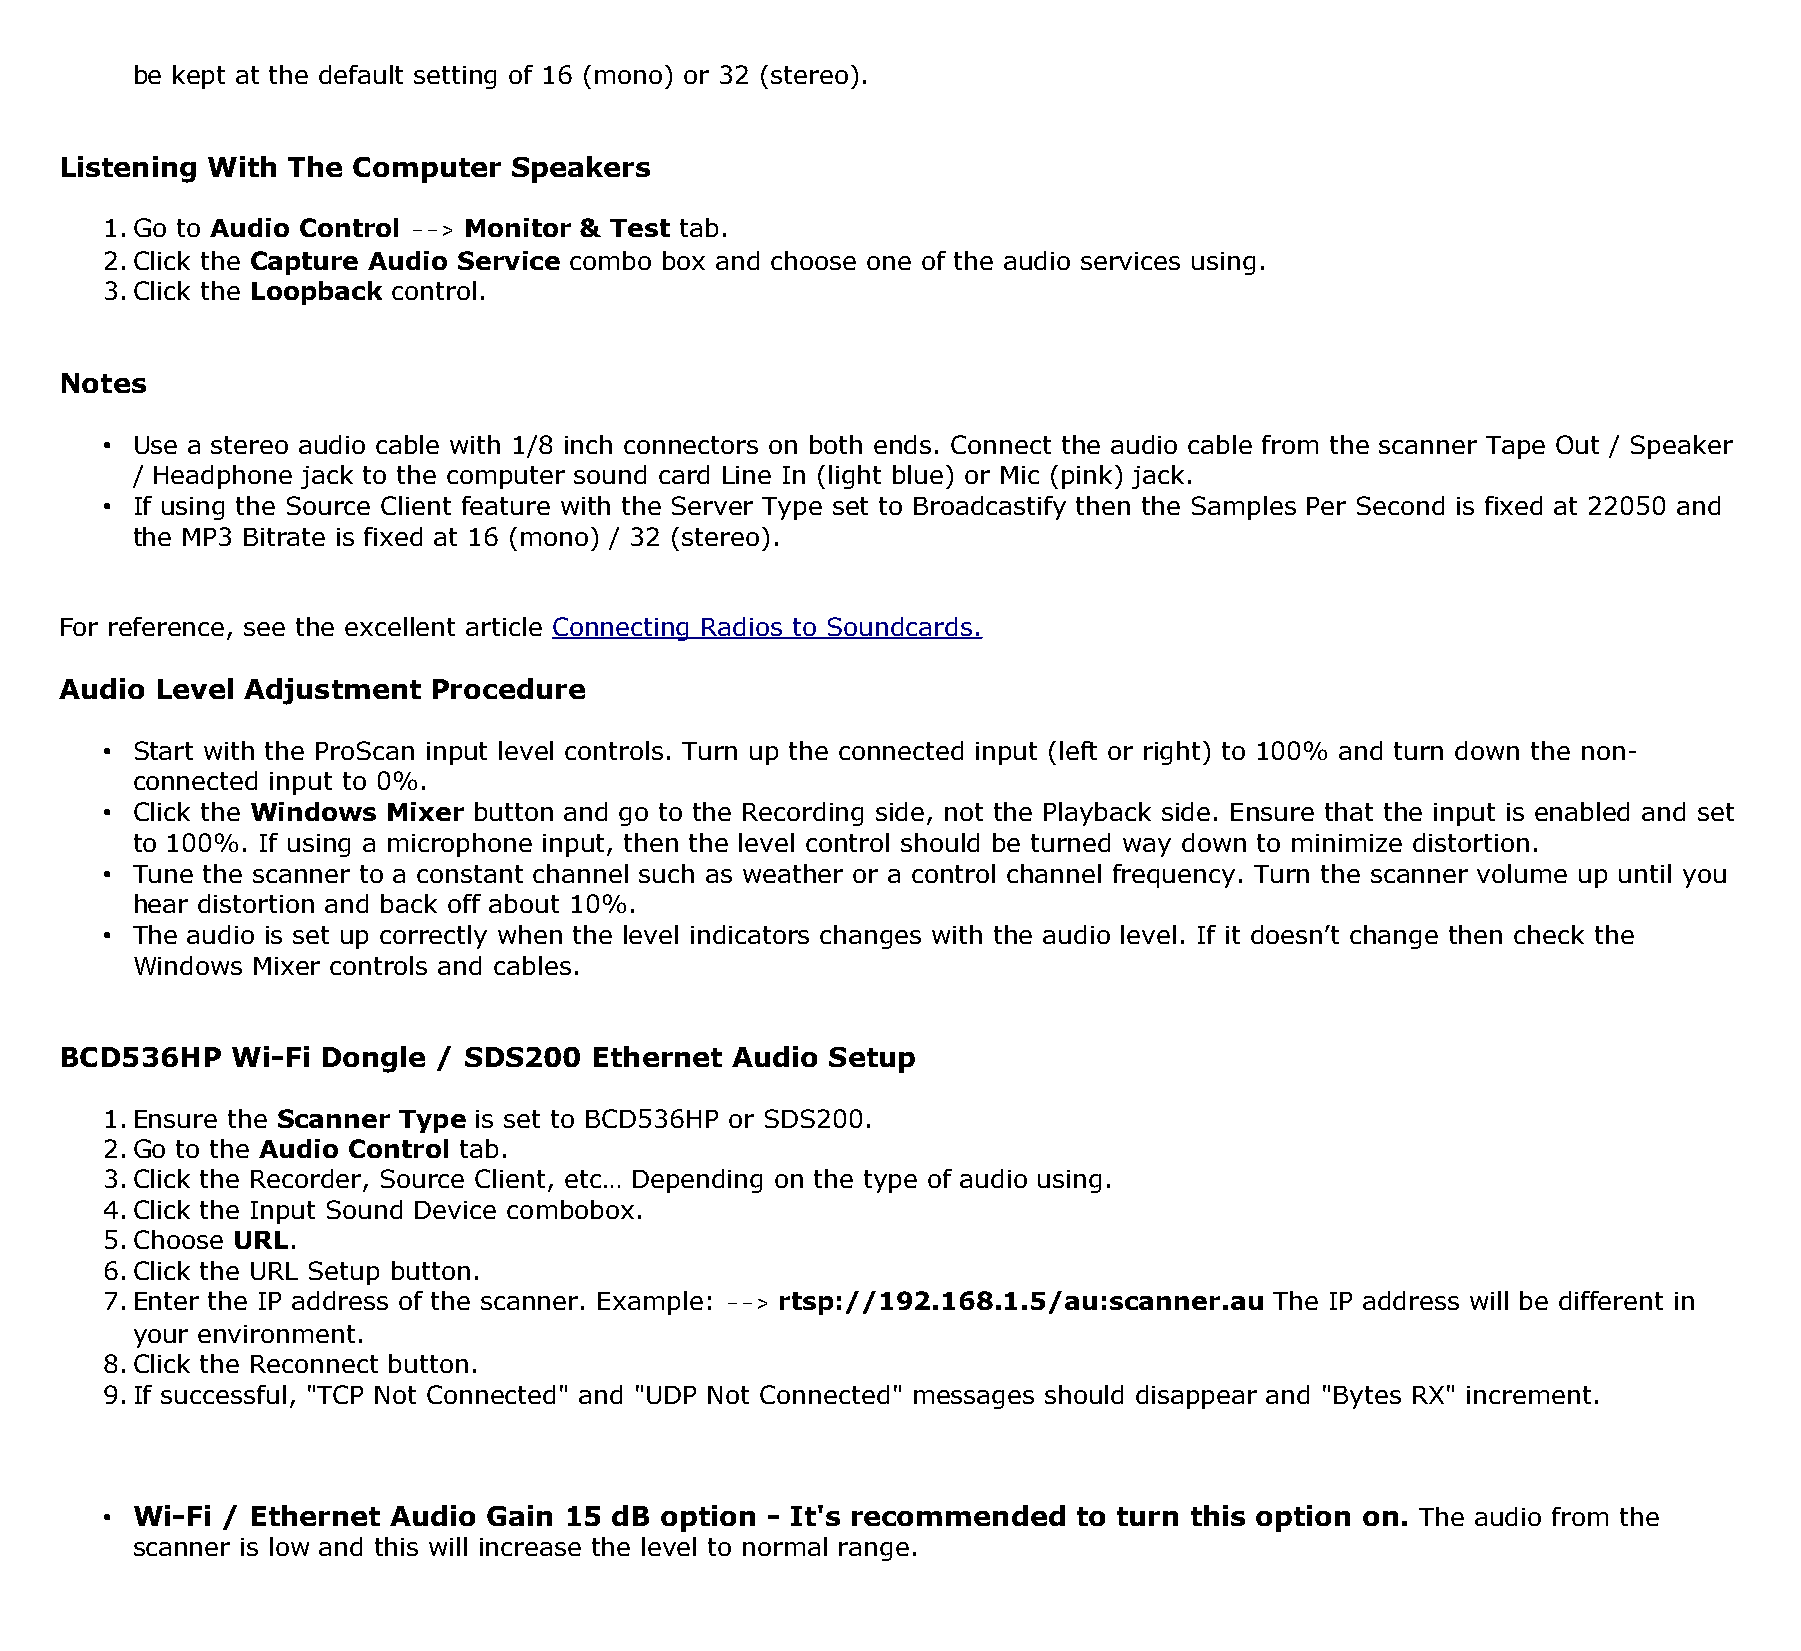
be kept at the default setting of 16 (mono) or 32 (stereo).
 Listening With The Computer   Speakers
 1.Go to Audio Control --> Monitor & Test tab.
 2.Click the Capture Audio Service combo box and choose one of the audio services using.
 3.Click the Loopback control.
 Notes
 • Use a stereo audio cable with 1/8 inch connectors on both ends. Connect the audio cable from the scanner Tape Out / Speaker
 / Headphone jack to the computer sound card Line In (light blue) or Mic (pink) jack.
 • If using the Source Client feature with the Server Type set to Broadcastify then the Samples Per Second is fixed at 22050 and
 the MP3 Bitrate is fixed at 16 (mono) / 32 (stereo).
 For reference, see the excellent article Connecting Radios to Soundcards.
 Audio Level Adjustment  Procedure
 • Start with the ProScan input level controls. Turn up the connected input (left or right) to 100% and turn down the non-
 connected input to 0%.
 • Click the Windows Mixer button and go to the Recording side, not the Playback side. Ensure that the input is enabled and set
 to 100%. If using a microphone input, then the level control should be turned way down to minimize distortion.
 • Tune the scanner to a constant channel such as weather or a control channel frequency. Turn the scanner volume up until you
 hear distortion and back off about 10%.
 • The audio is set up correctly when the level indicators changes with the audio level. If it doesn’t change then check the
 Windows Mixer controls and cables.
 BCD536HP   Wi-Fi Dongle  / SDS200  Ethernet Audio  Setup
 1.Ensure the Scanner Type is set to BCD536HP or SDS200.
 2.Go to the Audio Control tab.
 3.Click the Recorder, Source Client, etc… Depending on the type of audio using.
 4.Click the Input Sound Device combobox.
 5.Choose URL.
 6.Click the URL Setup button.
 7.Enter the IP address of the scanner. Example: --> rtsp://192.168.1.5/au:scanner.au The IP address will be different in
 your environment.
 8.Click the Reconnect button.
 9.If successful, "TCP Not Connected" and "UDP Not Connected" messages should disappear and "Bytes RX" increment.
 • Wi-Fi / Ethernet Audio Gain 15 dB  option - It's recommended  to turn this option on. The audio from the
 scanner is low and this will increase the level to normal range.